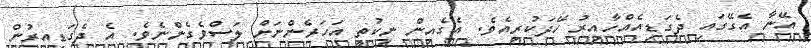
އޭނާ އެގޭގައި ދެގަޑިއެއްހާއިރު ހޭދަކުރިއެވެ. އެގެއިން ނިކުތީ އަހަރެންނަށް ލަސްވެގެންނެވެ. އެ ދެގަޑިއިރުން